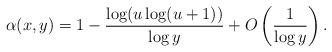
LaTeX: \begin{align*}\alpha(x,y) = 1 - \frac{\log(u\log(u+1))}{\log y} + O\left(\frac{1}{\log y}\right).\end{align*}